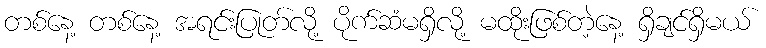
တစ်နေ့ တစ်နေ့ အရင်းပြုတ်လို့ ပိုက်ဆံမရှိလို့ မထိုးဖြစ်တဲ့နေ့ ရှိချင်ရှိမယ်